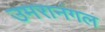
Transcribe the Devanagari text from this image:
उमरानंगल